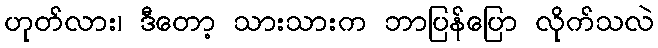
ဟုတ်လား၊ ဒီတော့ သားသားက ဘာပြန်ပြော လိုက်သလဲ